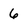
Character: 6